Report of the Municipal Commissioner on the plague in Bombay for the year ending 31st May... - Volume 2
Disease focus: Plague
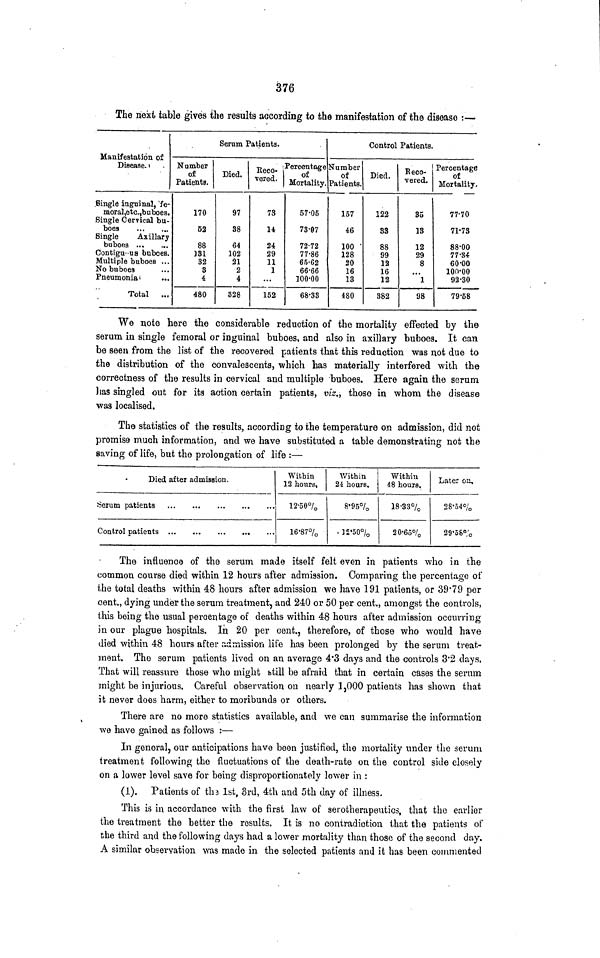
376
The next table gives the results according to the manifestation of the disease :—
Manifestation of
Disease.
Single inguinal, fe-
moral, etc.,buboes.
Single Cervical bu-
boes
Single
Axillary
buboes
Contiguous buboes.
Multiple buboes ...
No buboes
Pneumonia
Total
...
Number
of
Patients.
170
52
88
331
32
3
4
480
Serum Patients-
Died.
97
38
64
102
21
2
4
328
Reco-
vered.
73
14
24
29
11
1
...
152
Percentage
of
Mortality.
57-05
7307
72.72
77.86
65.62
66.66
100.00
68.33
Number
of
Patients.
157
46
100
128
20
16
13
480
Control
Died.
122
33
88
99
12
16
12
382
Patients.
Reco-
vered.
35
13
12
29
8
1
98
Percentage
of
Mortality,
77.70
71.73
88.00
77.34
60.00
100.00
92.30
79.58
We note here the considerable reduction of the mortality effected by the
serum in single femoral or inguinal buboes, and also in axillary buboes. It can
be seen from the list of the recovered patients that this reduction was not due to
the distribution of the convalescents, which has materially interfered with the
correctness of the results in cervical and multiple buboes. Here again the serum
has singled out for its action certain patients, viz., those in whom the disease
was localised.
The statistics of the results, according to the temperature on admission, did not
promise much information, and we have substituted a table demonstrating not the
saving of life, but the prolongation of life :—
Died after admission.
Serum patients
Control patients
"Within
12 hours.
12.50%
16.87%
Within
24 hours.
8.95%
12.50%
Within
48 hours.
18.33%
20.65%
Later on.
28.54%
29.58%
The influence of the serum made itself felt even in patients who in the
common course died within 12 hours after admission. Comparing the percentage of
the total deaths within 48 hours after admission we have 191 patients, or 39.79 per
cent., dying under the serum treatment, and 240 or 50 per cent., amongst the controls,
this being the usual percentage of deaths within 48 hours after admission occurring
in our plague hospitals. In 20 per cent., therefore, of those who would have
died within 48 hours after admission life has been prolonged by the serum treat-
ment. The serum patients lived on an average 4.3 days and the controls 3.2 days.
That will reassure those who might still be afraid that in certain cases the serum
might be injurious. Careful observation on nearly 1,000 patients has shown that
it never does harm, either to moribunds or others.
There are no more statistics available, and we can summarise the information
we have gained as follows :—
In general, our anticipations have been justified, the mortality under the serum
treatment following the fluctuations of the death-rate on the control side closely
on a lower level save for being disproportionately lower in :
(1). Patients of the 1st, 3rd, 4th and 5th day of illness.
This is in accordance with the first law of serotherapeutics, that the earlier
the treatment the better the results. It is no contradiction that the patients of
the third and the following days had a lower mortality than those of the second day.
A similar observation was made in the selected patients and it has been commented